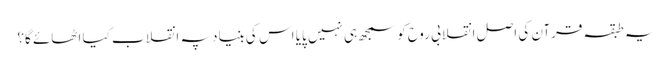
یہ طبقہ قرآن کی اصل انقلابی روح کو سمجھ ہی نہیں پایا اس کی بنیاد پہ انقلاب کیا اٹھائے گا؟